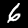
Digit: 6